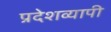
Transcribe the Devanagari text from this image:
प्रदेशव्यापी